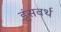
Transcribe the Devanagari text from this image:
डंसवर्थ